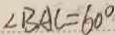
\angle B A C = 6 0 ^ { \circ }